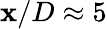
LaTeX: \mathbf{x}/D\approx5